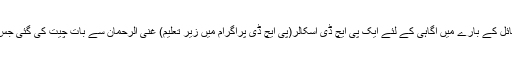
اس لئے ملک میں تحقیق کے شعبہ میں موجود مسائل کے بارے میں آگاہی کے لئے ایک پی ایچ ڈی اسکالر(پی ایچ ڈی پراگرام میں زیر تعلیم) غنی الرحمان سے بات چیت کی گئی جس کی تفصیل قارئین کے لئے پیش کی جا رہی ہے۔